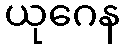
ယုဂေန